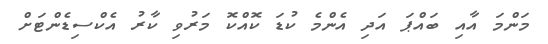
މަންމަ އާއި ބައްޕަ އަދި އެންމެ ކުޑަ ކޮއްކޮ މަރުވި ކާރު އެކްސިޑެންޓަށް